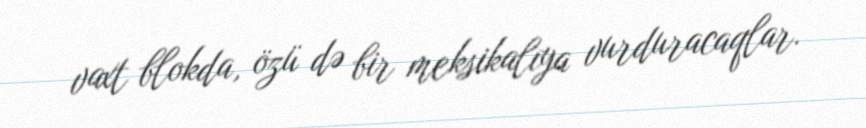
vaxt blokda, özü də bir meksikalıya vurduracaqlar.